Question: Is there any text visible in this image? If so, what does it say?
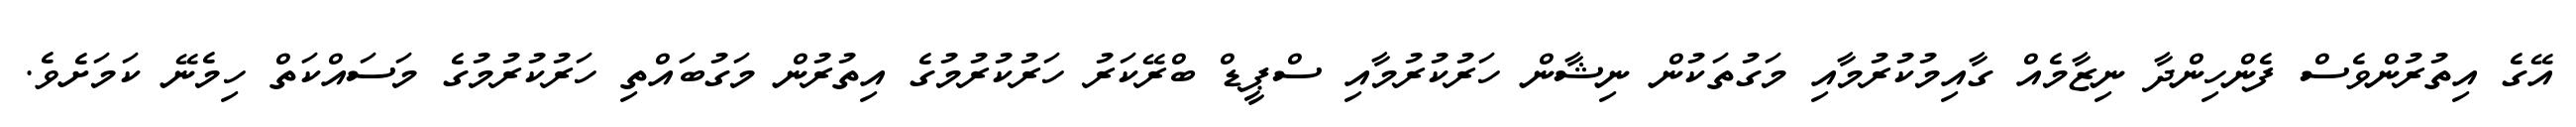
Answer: އޭގެ އިތުރުންވެސް ފެންހިންދާ ނިޒާމެއް ގާއިމުކުރުމާއި މަގުތަކުން ނިޝާން ހަރުކުރުމާއި ސްޕީޑް ބްރޭކަރު ހަރުކުރުމުގެ އިތުރުން މަގުބައްތި ހަރުކުރުމުގެ މަސައްކަތް ހިމެނޭ ކަމަށެވެ.